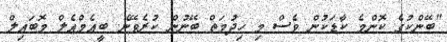
"ބޭންކުގެ ކޮންމެ ކާޑަކުން ވެސް މި ހިދުމަތް ބޭނުން ކުރެވޭނެ. ބީއެމްއެލް މޮބައިލް